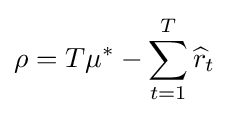
\rho =T\mu ^{*}-\sum _{t=1}^{T}{\widehat {r}}_{t}